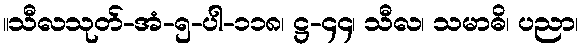
။သီလသုတ်-အံ-၅-ပါ-၁၁၈၊ ဋ္ဌ-၄၄၊ သီလ၊ သမာဓိ၊ ပညာ၊